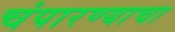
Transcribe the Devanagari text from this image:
चंपारण्याचा